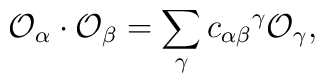
{\cal O}_\alpha \cdot {\cal O}_\beta =\sum _{\gamma}{c_{\alpha\beta}}^{\gamma}{\cal O}_\gamma,